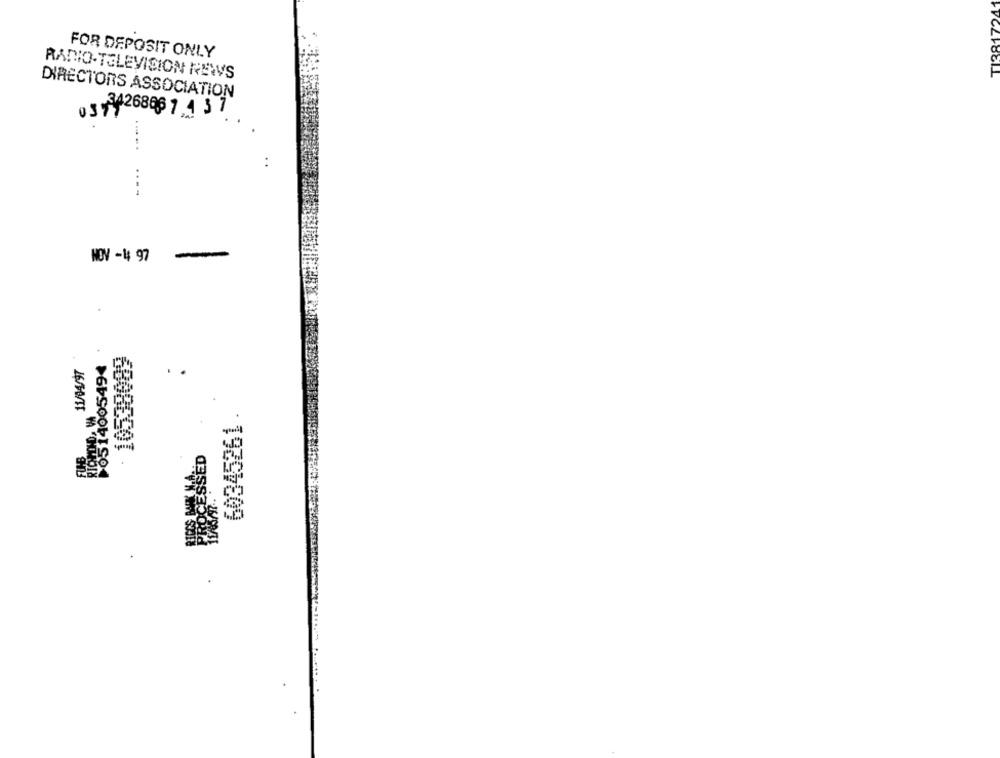
FOR DEPOSIT ONLY
RADIO-TELEVISION NEWS
DIRECTORS ASSOCIATION
0 3 + 426888 7 4 3 7
---.
..
----
-
NOV -4 97
0514005494
60345261 .
6808E501
ESSED